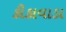
કીકાવાડા